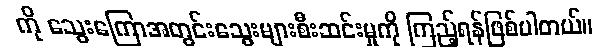
ကို သွေးကြောအတွင်းသွေးများစီးဆင်းမှုကို ကြည့်ရန်ဖြစ်ပါတယ်။